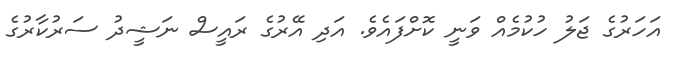
އަހަރުގެ ޖަލު ހުކުމެއް ވަނީ ކޮށްފައެވެ. އަދި އޭރުގެ ރައީސް ނަޝީދު ސަރުކާރުގެ